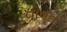
વાવતા